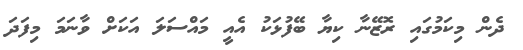
ދެން މިކަމުގައި ރޮޒޭނާ ކިޔާ ބޭފުޅަކު އެއީ މައްސަލަ އަކަށް ވާނަމަ މިފަދަ